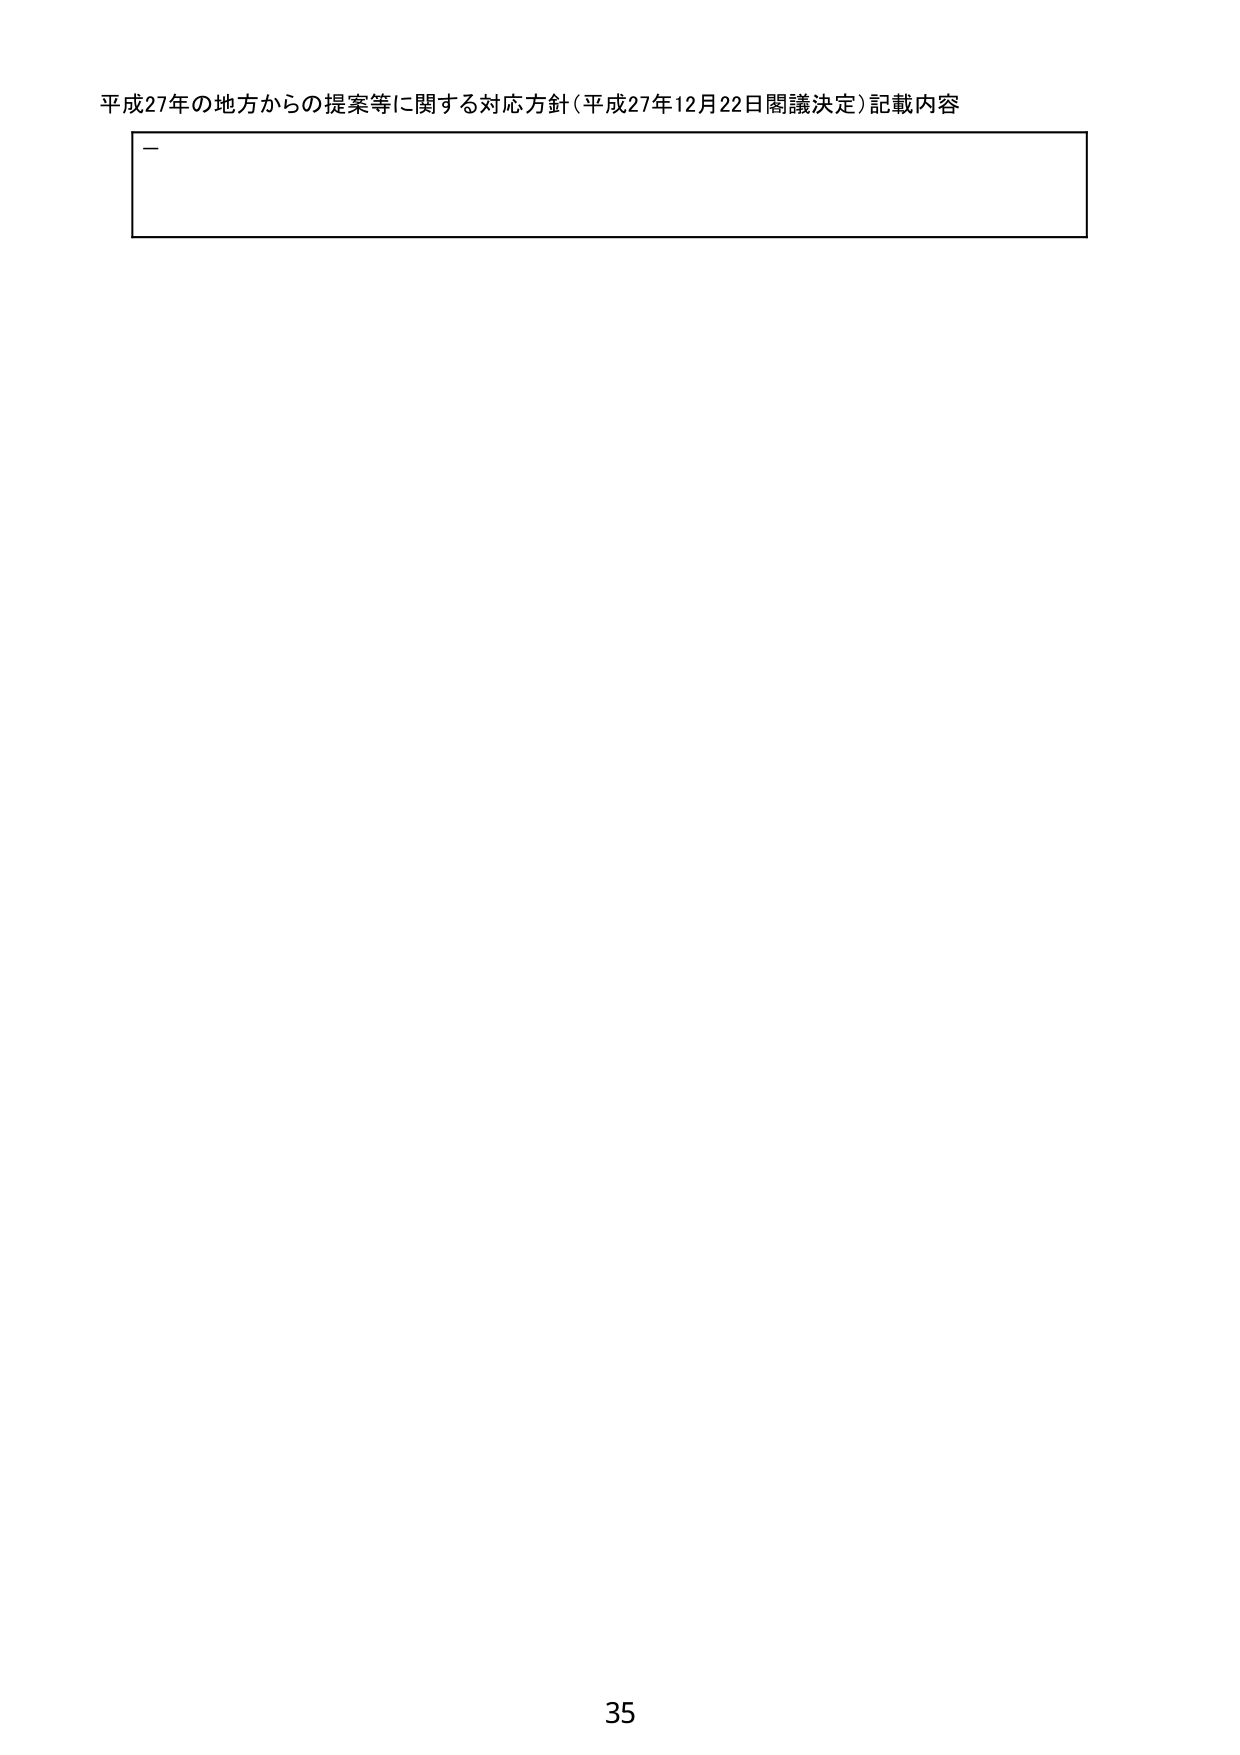
平成27年の地方からの提案等に関する対応方針（平成27年12月22日閣議決定）記載内容

35